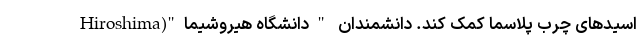
اسیدهای چرب پلاسما کمک کند. دانشمندان "دانشگاه هیروشیما"(Hiroshima